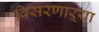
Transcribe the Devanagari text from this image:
विसरणाऱ्या